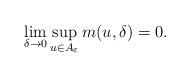
LaTeX: \begin{align*}\lim_{\delta \to 0} \sup_{u \in A_\varepsilon} m(u, \delta) = 0.\end{align*}